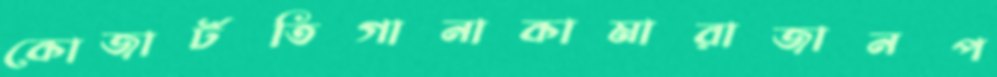
কোজার্টতিগানাকামারাজানপ